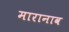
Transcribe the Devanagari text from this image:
मारानाव